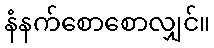
နံနက်စောစောလျှင်။